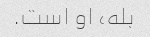
بله، او است.